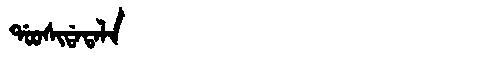
Manchu: ᡩᠣᠣᠰᡳᡩᠠᡨᠠᠯᠠ
Romanization: DOOSIDATALA